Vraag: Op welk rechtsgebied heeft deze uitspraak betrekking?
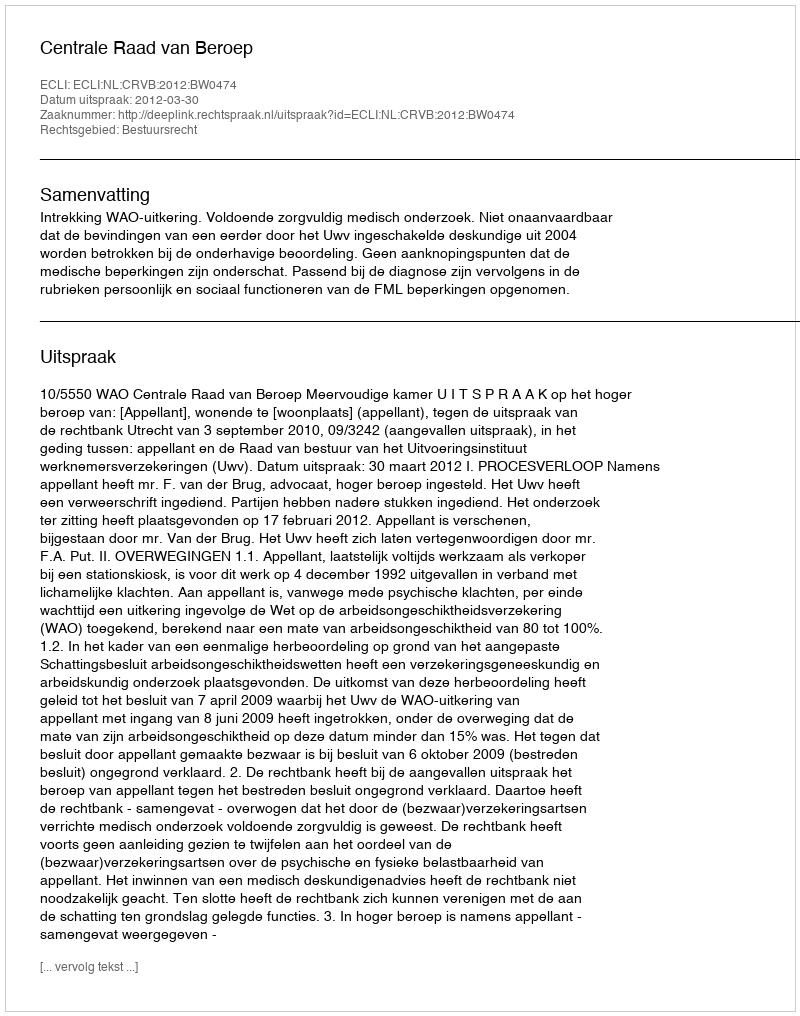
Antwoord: Bestuursrecht